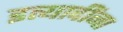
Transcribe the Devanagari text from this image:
इत्‍यादींना